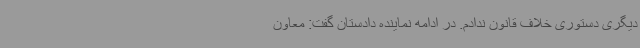
دیگری دستوری خلاف قانون ندادم. در ادامه نماینده دادستان گفت: معاون